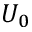
U _ { 0 }